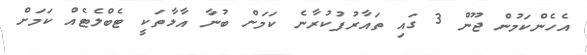
އެހެންކަމުން ޖޫން 3 ގައި ތައާރުފުކުރާނެ ކަމަށް ބުނާ އާލާތަކީ ޓެބްލެޓެއް ކަމަށް